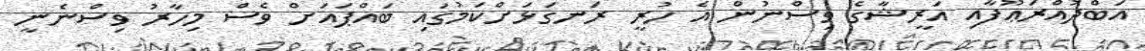
އަބްދުއްރަޢޫފާއި އަރީޝާގެ ވިސްނުން އެ ހުރީ ރަނގަޅަށްކަމުގައި ބައްޕައަށް ވެސް މިހާރު ވިސްނެނީ